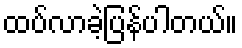
ထပ်လာခဲ့ပြန်ပါတယ်။